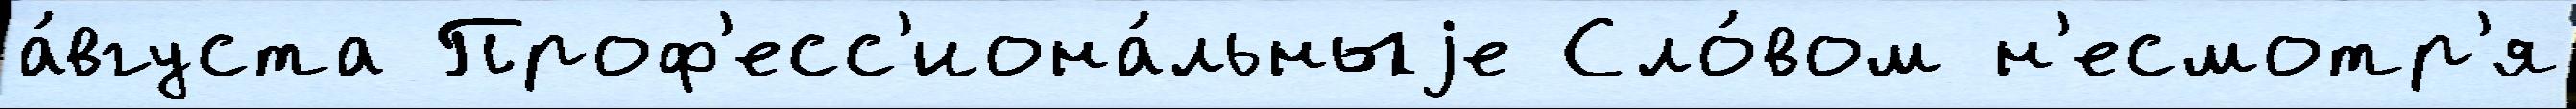
а́вгуста Проф'есс'иона́льныjе Сло́вом н'есмотр'я